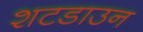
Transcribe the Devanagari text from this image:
शटडाउन